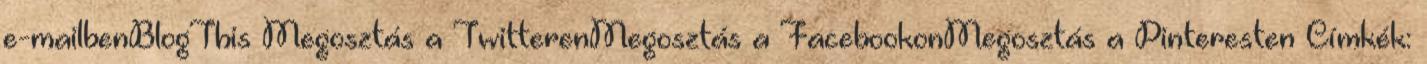
e-mailbenBlogThis Megosztás a TwitterenMegosztás a FacebookonMegosztás a Pinteresten Címkék: